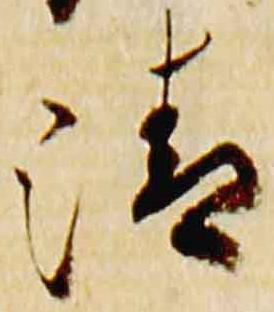
清